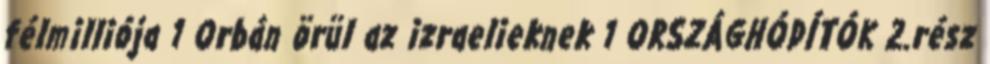
félmilliója 1 Orbán örül az izraelieknek 1 ORSZÁGHÓDÍTÓK 2.rész